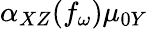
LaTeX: \alpha_{XZ}(f_{\omega})\mu_{0Y}